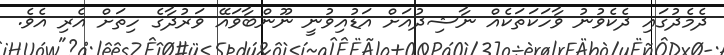
ދެމެދުގައި ދެކެވުނު ވާހަކަތަކެއް ނާޝިދުއަށް އަޑުއިވުނީ ނޫންބާވައޭ ވަރުދާގެ ހިތަށް އެރި އެވެ.